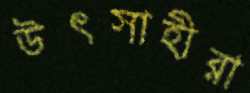
উৎসাহীরা